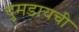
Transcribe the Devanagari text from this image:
दुमडायची